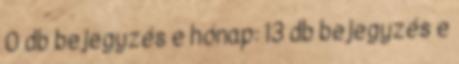
0 db bejegyzés e hónap: 13 db bejegyzés e